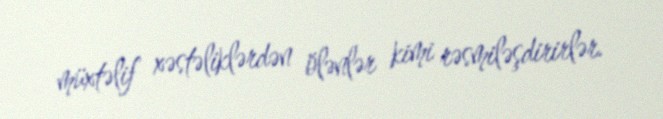
müxtəlif xəstəliklərdən ölənlər kimi rəsmiləşdirirlər.